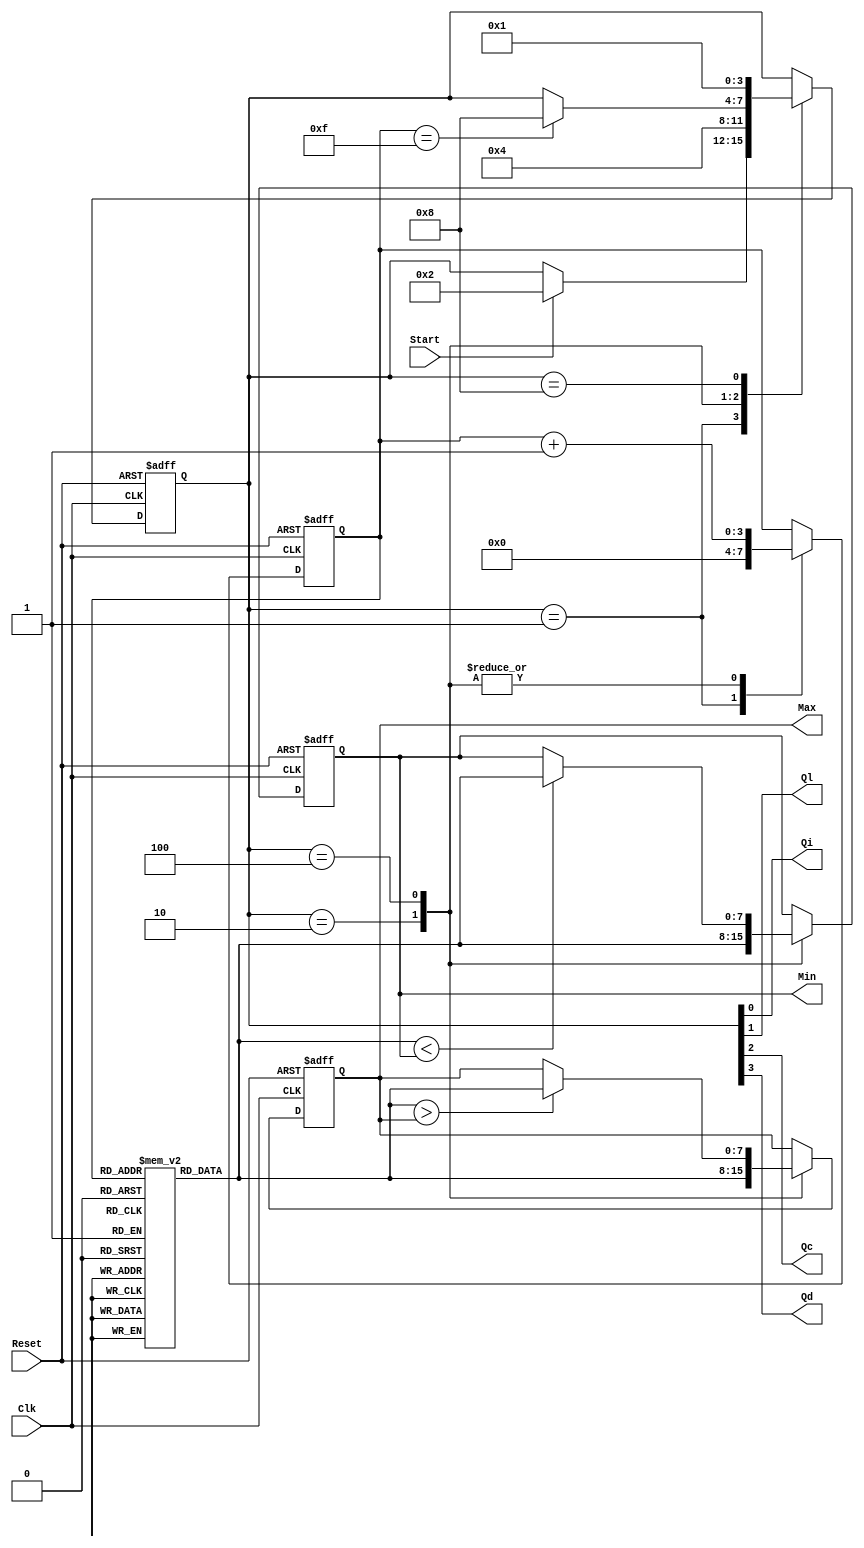
// EE457 RTL Exercises
// min_max_finder_part1.v (Part 1 uses two conparison units)
// Written by Nasir Mohyuddin, Gandhi Puvvada 
// June 5, 2010, 
// Given an array of 16 unsigned 8-bit numbers, we need to find the maximum and the minimum number

 
// Students: Please complete the code for the Data path and State transition operations in LOAD and COMPUTE states
`timescale 1 ns / 100 ps

module min_max_finder_part1 (Max, Min, Start, Clk, Reset, 
				           Qi, Ql, Qc, Qd);

input Start, Clk, Reset;
output [7:0] Max, Min;
output Qi, Ql, Qc, Qd;

reg [7:0] M [0:15]; 
//reg [7:0] X;
reg [3:0] state;
reg [7:0] Max;
reg [7:0] Min;
reg [3:0] I;

localparam 
INI  = 	4'b0001, // "Initial" state
LOAD = 	4'b0010, // "Load Max and Min with 1st Element" state
COMP = 	4'b0100, // "Compare each number with Min and Max and Update Min/Max if needed" state
DONE = 	4'b1000; // "Done finding Min and Max" state
         
         
assign {Qd, Qc, Ql, Qi} = state;

always @(posedge Clk, posedge Reset) 

  begin  : CU_n_DU
    if (Reset)
       begin
         state <= INI;
         I <= 4'b000;
	      Max <= 8'b11111111;
	      Min <= 8'b00000000;
	//      X <= 8'bXXXXXXXX;	   // to avoid recirculating mux controlled by Reset 
	    end
    else
       begin
           case (state)
	        INI	: 
	          begin
		         // state transitions in the control unit
		         if (Start)
		           state <= LOAD;
		         // RTL operations in the Data Path            	              
		        I <= 4'b0000;
	          end
	        LOAD	:  	// complete the code for the Data path and State transition operations
	          begin
		           // RTL operations in the Data Path  
		                        // Load M[I] into Max
		                        // Load M[I] into Min
		                        // Increment I
					Max <= M[I];
					Min <= M[I];
					I <= I + 1'b1;
		           // state transitions in the control unit
		                        // Transit unconditionally to the COMP state
					state = COMP;
 	          end
	        
	        COMP :		// complete the code for the Data path and State transition operations
	          begin 
	             // RTL operations in the Data Path   		                  
				                    // if M[I] is greater than Max
		                            // then load Max with M[I]
					                // if M[I] is less than Min
					                // then load Min with M[I]
					if ( M[I] > Max )
						Max = M[I];
					if ( M[I] < Min )
						Min = M[I];
					// state transitions in the control unit       
					                // If I reaches Max count (Terminal Count) 
					                // then transit to the DONE state. 
					if (I == 4'b1111)
						state = DONE;
						
					  // We do not have to explicitly say that it should otherwise stay in the current state of COMP.
				                  // Increment I outside the if statement (out side begin-end of the if statement if you used begin-end			
					I <= I + 1'b1;	
	          end
	        
	        DONE	:
	          begin  
		         // state transitions in the control unit
		           state <= INI; // Transit to INI state unconditionally
		       end    
      endcase
    end 
  end 
endmodule